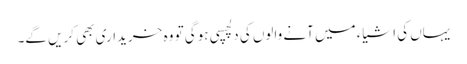
یہاں کی اشیاء میں آنے والوں کی دلچسپی ہوگی تو وہ خریداری بھی کریں گے۔